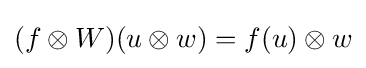
(f\otimes W)(u\otimes w)=f(u)\otimes w